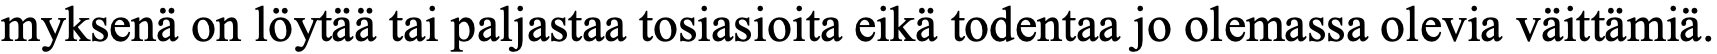
myksenä on löytää tai paljastaa tosiasioita eikä todentaa jo olemassa olevia väittämiä.